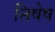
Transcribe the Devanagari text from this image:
निषेष